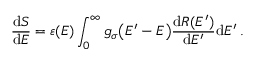
\frac { \mathrm { d } S } { \mathrm { d } E } = \varepsilon { ( E ) } \int _ { 0 } ^ { \infty } g _ { \sigma } { \left( E ^ { \prime } - E \right) } \frac { \mathrm { d } R { ( E ^ { \prime } ) } } { \mathrm { d } E ^ { \prime } } \mathrm { d } E ^ { \prime } \, .